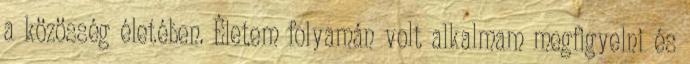
a közösség életében. Életem folyamán volt alkalmam megfigyelni és